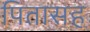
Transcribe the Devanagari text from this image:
पितासह